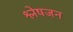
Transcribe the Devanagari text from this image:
श्लेषजन